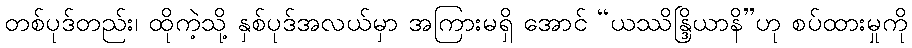
တစ်ပုဒ်တည်း၊ ထိုကဲ့သို့ နှစ်ပုဒ်အလယ်မှာ အကြားမရှိ အောင် “ယဿိန္ဒြိယာနိ”ဟု စပ်ထားမှုကို